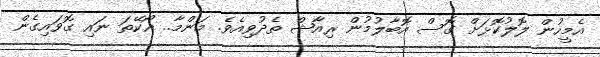
އެމީހުން ލޮލުކޮޅަށް ގޮސް އޮބާލުމުން ރިއާޝް ތެދުވިއެވެ. މަންމާ.. އޯކޭތަ ނައި ގޮވައިގެން